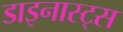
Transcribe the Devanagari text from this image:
डाइनास्ट्स